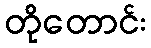
တိုတောင်း